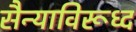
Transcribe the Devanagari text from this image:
सैन्याविरूध्द